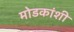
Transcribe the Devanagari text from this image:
मोडकांशी